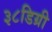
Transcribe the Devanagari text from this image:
३८डिग्री